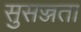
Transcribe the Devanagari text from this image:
सुसज्जता